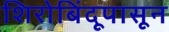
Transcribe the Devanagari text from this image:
शिरोबिंदूपासून